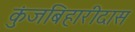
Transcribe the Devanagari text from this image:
कुंजबिहारीदास